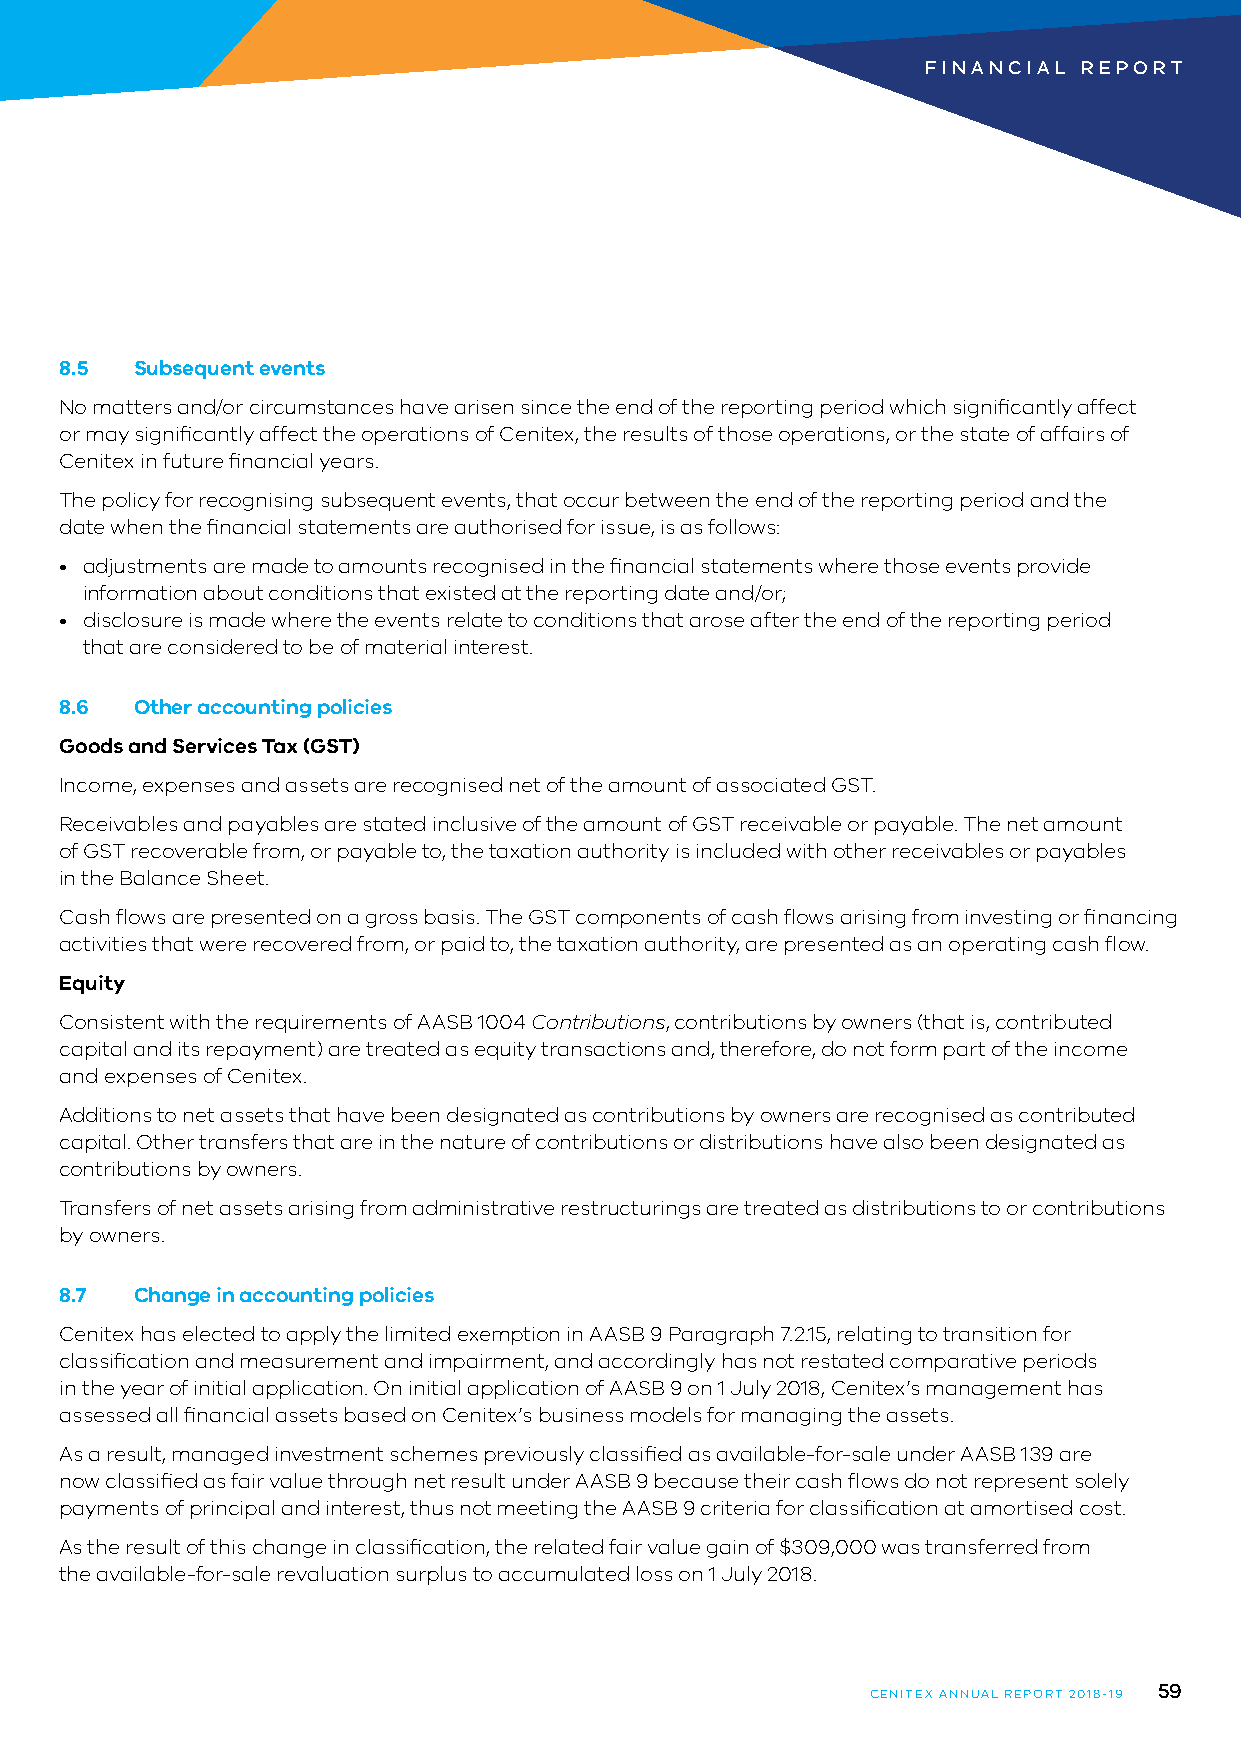
FINANCIAL  REPORT
 8.5  Subsequent events
 No matters and/or circumstances have arisen since the end of the reporting period which significantly affect
 or may significantly affect the operations of Cenitex, the results of those operations, or the state of affairs of
 Cenitex in future financial years.
 The policy for recognising subsequent events, that occur between the end of the reporting period and the
 date when the financial statements are authorised for issue, is as follows:
 • adjustments are made to amounts recognised in the financial statements where those events provide
 information about conditions that existed at the reporting date and/or;
 • disclosure is made where the events relate to conditions that arose after the end of the reporting period
 that are considered to be of material interest.
 8.6  Other accounting policies
 Goods and Services Tax (GST)
 Income, expenses and assets are recognised net of the amount of associated GST.
 Receivables and payables are stated inclusive of the amount of GST receivable or payable. The net amount
 of GST recoverable from, or payable to, the taxation authority is included with other receivables or payables
 in the Balance Sheet.
 Cash flows are presented on a gross basis. The GST components of cash flows arising from investing or financing
 activities that were recovered from, or paid to, the taxation authority, are presented as an operating cash flow.
 Equity
 Consistent with the requirements of AASB 1004 Contributions, contributions by owners (that is, contributed
 capital and its repayment) are treated as equity transactions and, therefore, do not form part of the income
 and expenses of Cenitex.
 Additions to net assets that have been designated as contributions by owners are recognised as contributed
 capital. Other transfers that are in the nature of contributions or distributions have also been designated as
 contributions by owners.
 Transfers of net assets arising from administrative restructurings are treated as distributions to or contributions
 by owners.
 8.7  Change in accounting policies
 Cenitex has elected to apply the limited exemption in AASB 9 Paragraph 7.2.15, relating to transition for
 classification and measurement and impairment, and accordingly has not restated comparative periods
 in the year of initial application. On initial application of AASB 9 on 1 July 2018, Cenitex’s management has
 assessed all financial assets based on Cenitex’s business models for managing the assets.
 As a result, managed investment schemes previously classified as available-for-sale under AASB 139 are
 now classified as fair value through net result under AASB 9 because their cash flows do not represent solely
 payments of principal and interest, thus not meeting the AASB 9 criteria for classification at amortised cost.
 As the result of this change in classification, the related fair value gain of $309,000 was transferred from
 the available-for-sale revaluation surplus to accumulated loss on 1 July 2018.
 59
 CENITEX ANNUAL REPORT 2018-19